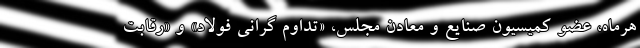
هرماه، عضو کمیسیون صنایع و معادن مجلس، «تداوم گرانی فولاد» و «رقابت